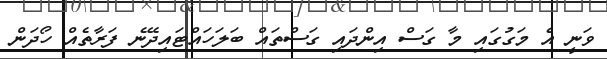
ވަނީ އެ މަގުގައި މާ ގަސް އިންދައި ގަސްތައް ބަލަހައްޓައިދޭނެ ފަރާތެއް ހޯދަން